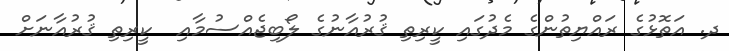
ދ. އަތޮޅުގެ ރައްޔިތުންގެ މެދުގައި ކީރިތި ޤުރުއާނުގެ ލޯބިޖެއްސުމާއި  ކީރިތި ޤުރުއާނަށް